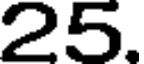
25.